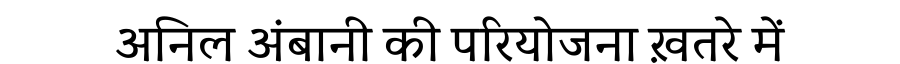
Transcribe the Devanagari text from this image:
अनिल अंबानी की परियोजना ख़तरे में